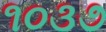
૧૦૩૭